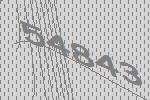
54843